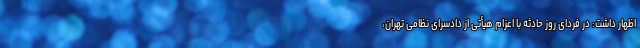
اظهار داشت: در فردای روز حادثه با اعزام هیأتی از دادسرای نظامی تهران،